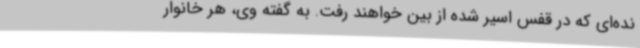
نده‌ای که در قفس اسیر شده از بین خواهند رفت. به گفته وی، هر خانوار